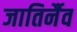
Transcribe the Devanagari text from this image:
जातिर्नैव